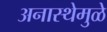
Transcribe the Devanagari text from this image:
अनास्थेमुळे